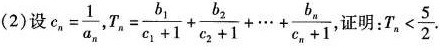
（2）设$$c_{n}= \frac{1}{a_{n}}$$,$$T_{n}= \frac{b_{1}}{c_{1}+1}+ \frac{b_{2}}{c_{2}+1}+ \cdots + \frac{b_{n}}{c_{n}+1}$$ ,证明： $$T_{n}< \frac{5}{2}$$ .